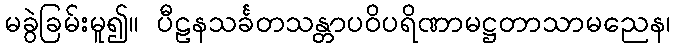
မခွဲခြမ်းမူ၍။ ပီဠနသင်္ခတသန္တာပဝိပရိဏာမဋ္ဌတာသာမညေန၊